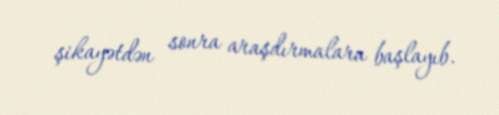
şikayətdən sonra araşdırmalara başlayıb.